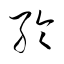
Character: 綸